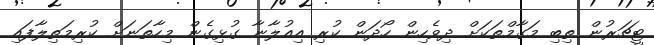
ޓީޗަރުން ތިބި މަގާމްތަކަށް ދިވެހިން ހޯދަން ކުރި އިއުލާނާ ގުޅިގެން މިހާތަނަށް ކުރިމަތިލާފައި